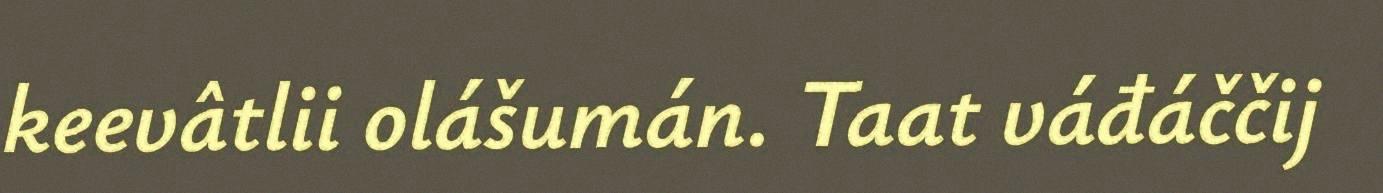
keevâtlii olášumán. Taat váđáččij